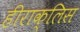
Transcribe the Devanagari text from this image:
हीराक्लिस